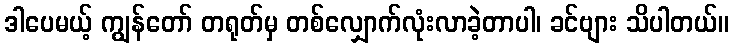
ဒါပေမယ့် ကျွန်တော် တရုတ်မှ တစ်လျှောက်လုံးလာခဲ့တာပါ၊ ခင်ဗျား သိပါတယ်။